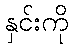
နှင်းကို